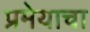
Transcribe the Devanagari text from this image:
प्रमेयाचा